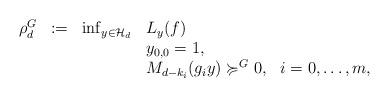
LaTeX: \begin{align*}\begin{array}{rclll}\rho^G_d & := & \inf_{y\in \mathcal{H}_d} & L_y(f) & \\ & & & y_{0,0} = 1, & \\ & & & M_{d-k_i}(g_iy) \succcurlyeq^G 0, & i = 0, \hdots, m,\end{array}\end{align*}